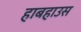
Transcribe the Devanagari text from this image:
हाबहाउस